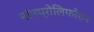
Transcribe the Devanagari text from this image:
नॉनप्रोलिफरेशन